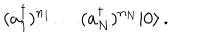
( a _ { 1 } ^ { \dagger } ) ^ { n _ { 1 } } \ldots ( a _ { N } ^ { \dagger } ) ^ { n _ { N } } | 0 \rangle \, .